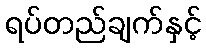
ရပ်တည်ချက်နှင့်